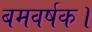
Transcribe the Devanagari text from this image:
बमवर्षक।